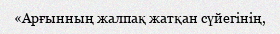
«Арғынның жалпақ жатқан сүйегінің,